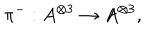
LaTeX: \pi ^ { - } : A ^ { \otimes 3 } \rightarrow A ^ { \otimes 3 } , \quad